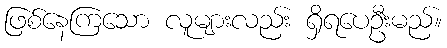
ဖြစ်နေကြသော လူများလည်း ရှိရပေဦးမည်။